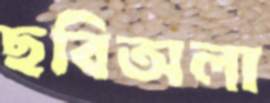
ছবিঅলা